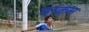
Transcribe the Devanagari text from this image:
नाकम